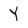
Character: Y